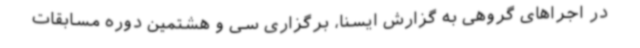
در اجراهای گروهی به گزارش ایسنا، برگزاری سی و هشتمین دوره مسابقات